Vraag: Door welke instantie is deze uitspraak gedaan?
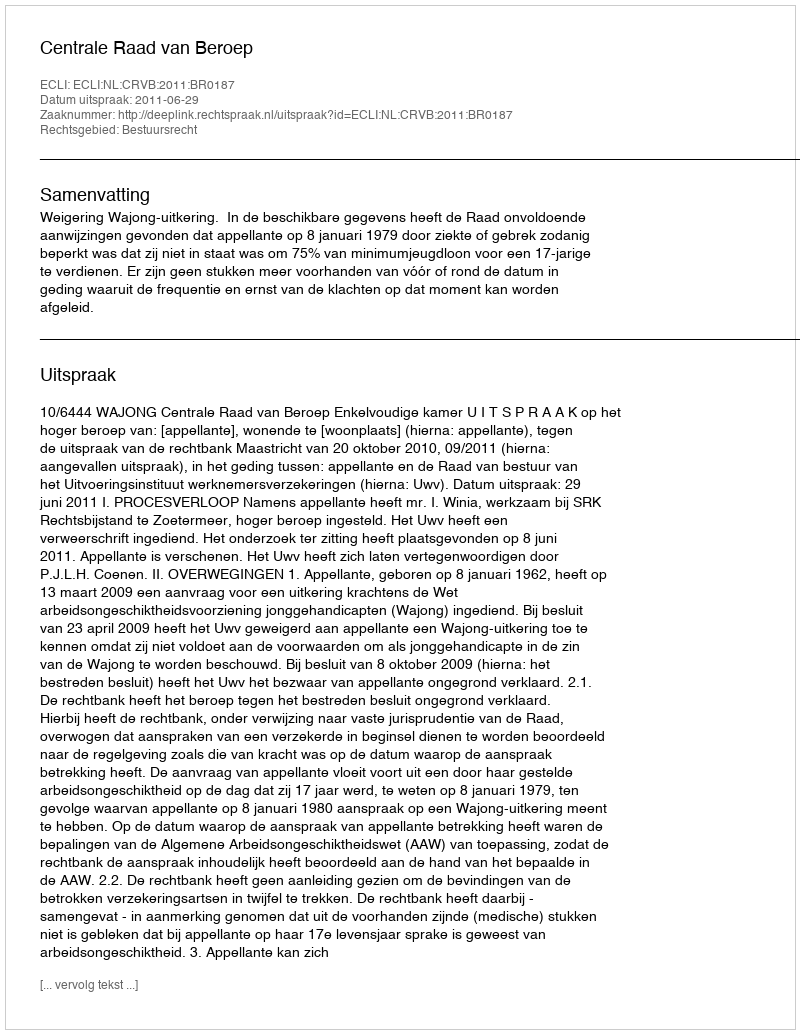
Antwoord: Centrale Raad van Beroep